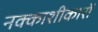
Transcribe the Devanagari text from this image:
नक्काशीकारों